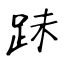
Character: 跊